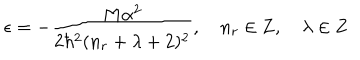
\epsilon = - \frac { M \alpha ^ { 2 } } { 2 \hbar ^ { 2 } ( n _ { r } + \lambda + 2 ) ^ { 2 } } , \, \, \, \, \, \, n _ { r } \in \mathrm { { \bf Z } } , \, \, \, \, \, \, \lambda \in \mathrm { { \bf Z } }